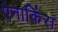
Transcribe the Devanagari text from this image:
ऐनाकिंरा